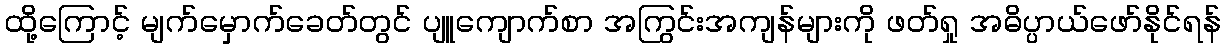
ထို့ကြောင့် မျက်မှောက်ခေတ်တွင် ပျူကျောက်စာ အကြွင်းအကျန်များကို ဖတ်ရှု အဓိပ္ပာယ်ဖော်နိုင်ရန်